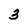
Character: 3